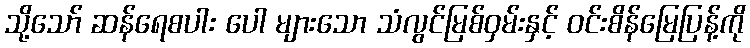
သို့သော် ဆန်ရေစပါး ပေါ များသော သံလွင်မြစ်ဝှမ်းနှင့် ဝင်းစိန်မြေပြန့်ကို